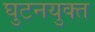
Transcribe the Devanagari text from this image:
घुटनयुक्त